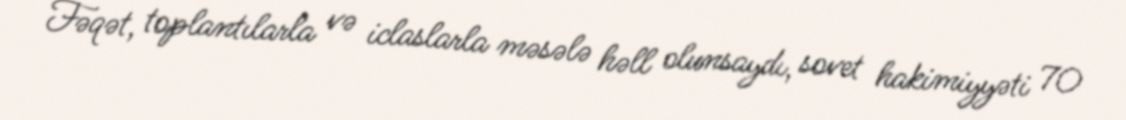
Fəqət, toplantılarla və iclaslarla məsələ həll olunsaydı, sovet hakimiyyəti 70